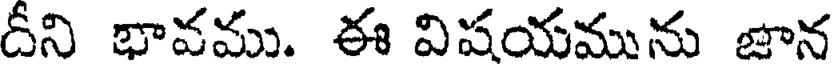
దీని భావము. ఈ విషయమును జాన